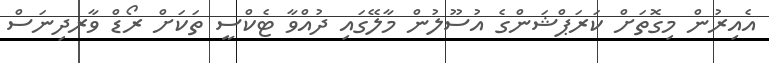
އެއިރުން މިގޮތަށް ކަރަޕްޝަންގެ އުސޫލުން މާލޭގައި ދުއްވާ ޓެކްސީ ތަކަށް ރޯޑް ވާރދިނަސް